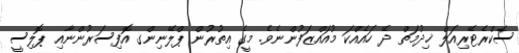
ސެކްރެޓޭރިއަލް ޚިދުމަތް ދޭ ހައެއްކަ މުއައްޒަފުންނެވެ. މީގެ އިތުރުން ޕްލޭނިންގ އޮފިސަރުންނާއި ޕޮލިސީ